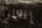
إفعلوا